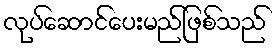
လုပ်ဆောင်ပေးမည်ဖြစ်သည်